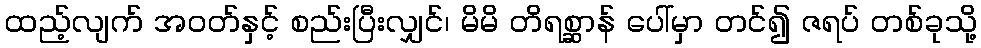
ထည့်လျက် အဝတ်နှင့် စည်းပြီးလျှင်၊ မိမိ တိရစ္ဆာန် ပေါ်မှာ တင်၍ ဇရပ် တစ်ခုသို့